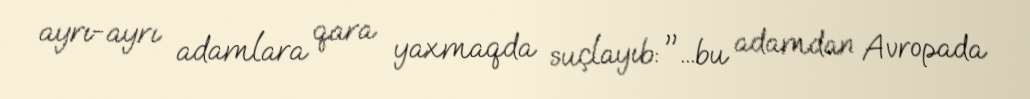
ayrı-ayrı adamlara qara yaxmaqda suçlayıb: "...bu adamdan Avropada